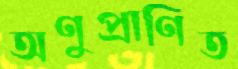
অণুপ্রাণিত